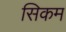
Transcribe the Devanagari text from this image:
सिकम